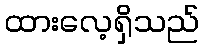
ထားလေ့ရှိသည်